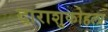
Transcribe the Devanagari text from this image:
दाराशुकोहला